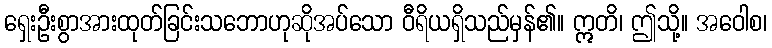
ရှေးဦးစွာအားထုတ်ခြင်းသဘောဟုဆိုအပ်သော ဝီရိယရှိသည်မှန်၏။ ဣတိ၊ ဤသို့။ အဝေါစ၊